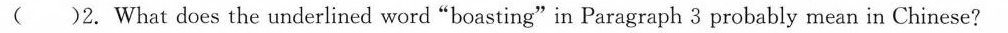
( )2. What does the underlined word"boasting"in Paragraph 3 probably mean in Chinese?